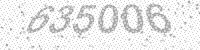
Solution: 635006